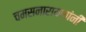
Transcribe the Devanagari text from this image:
चमसनारायणांनी